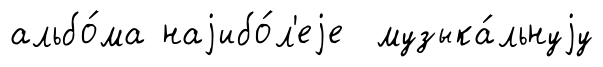
альбо́ма наjибо́л'еjе музыка́льнуjу